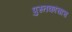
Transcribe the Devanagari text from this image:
पुस्तकांचाच